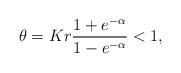
LaTeX: \begin{align*}\theta = Kr\frac{1+e^{-\alpha}}{1-e^{-\alpha}}<1, \end{align*}